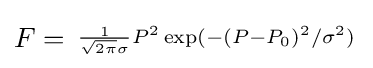
F={\begin{smallmatrix}{\frac {1}{{\sqrt {2\pi }}\sigma }}P^{2}\exp(-(P-P_{0})^{2}/\sigma ^{2})\end{smallmatrix}}